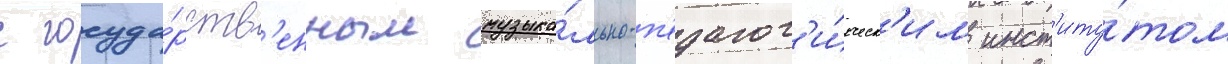
с госуда́рств'енным музыка́льно-п'едагог'и́ческ'им инст'иту́том